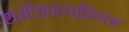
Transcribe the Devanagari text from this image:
थर्मोडाइनामिक्स